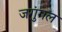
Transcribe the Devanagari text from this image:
जगुंगल